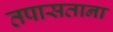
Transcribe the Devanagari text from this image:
तपासताना